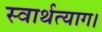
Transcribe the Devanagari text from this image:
स्वार्थत्याग।